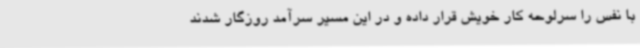
با نفس را سرلوحه کار خویش قرار داده و در این مسیر سرآمد روزگار شدند